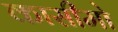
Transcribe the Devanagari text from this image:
कासीमो